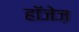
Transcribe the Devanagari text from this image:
हॉजेज़